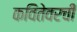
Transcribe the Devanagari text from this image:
कवितेवरची